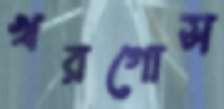
খরগোস